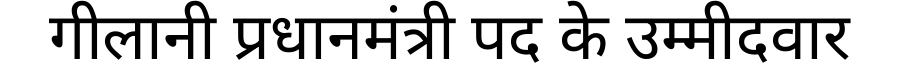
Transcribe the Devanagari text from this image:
गीलानी प्रधानमंत्री पद के उम्मीदवार